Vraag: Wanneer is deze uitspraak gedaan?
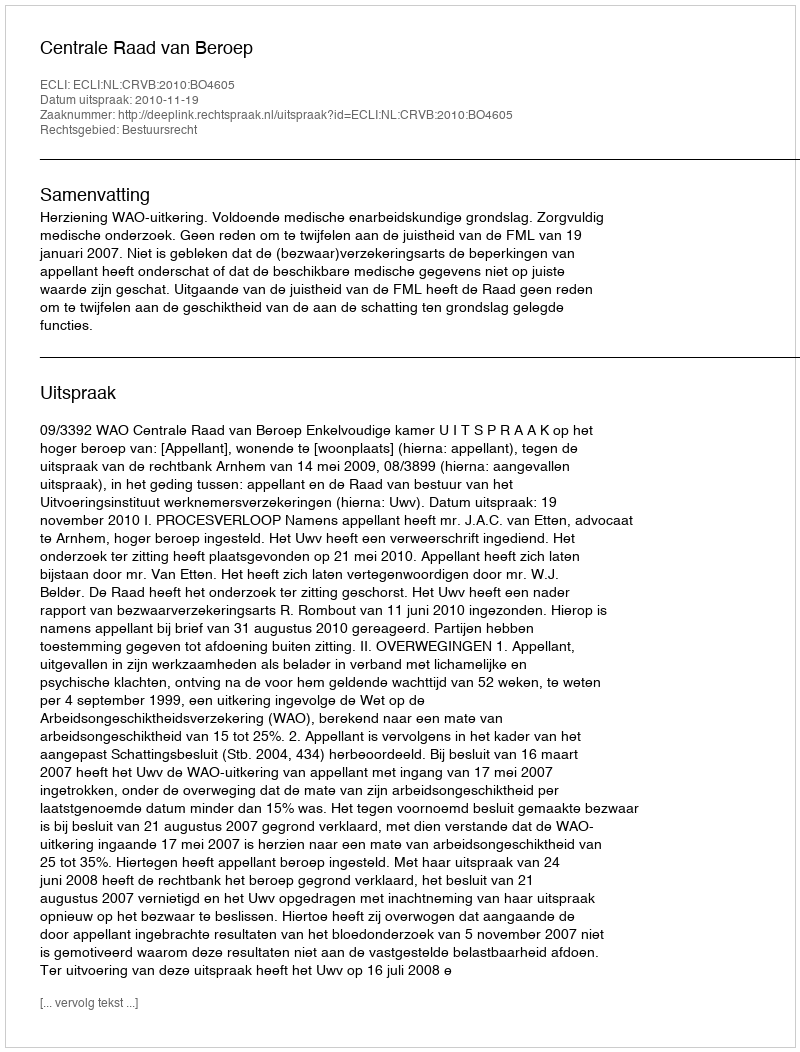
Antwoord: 2010-11-19